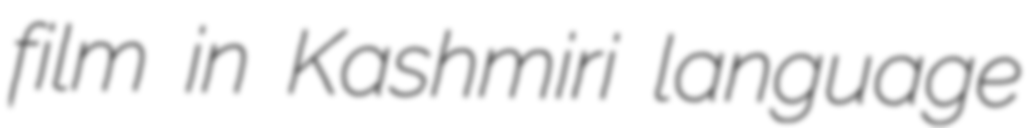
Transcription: film in Kashmiri language